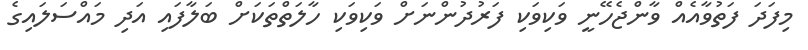
މިފަދަ ފަތުވާއެއް ވާންޖެހޭނީ ވަކިވަކި ފަރުދުންނަށް ވަކިވަކި ހާލަތްތަކަށް ބަލާފައި އަދި މައްސަލައިގެ